Report on plague and inoculation in the Punjab from October 1st ... to September 30th..., being the ... season of plague in the province
Disease focus: Plague
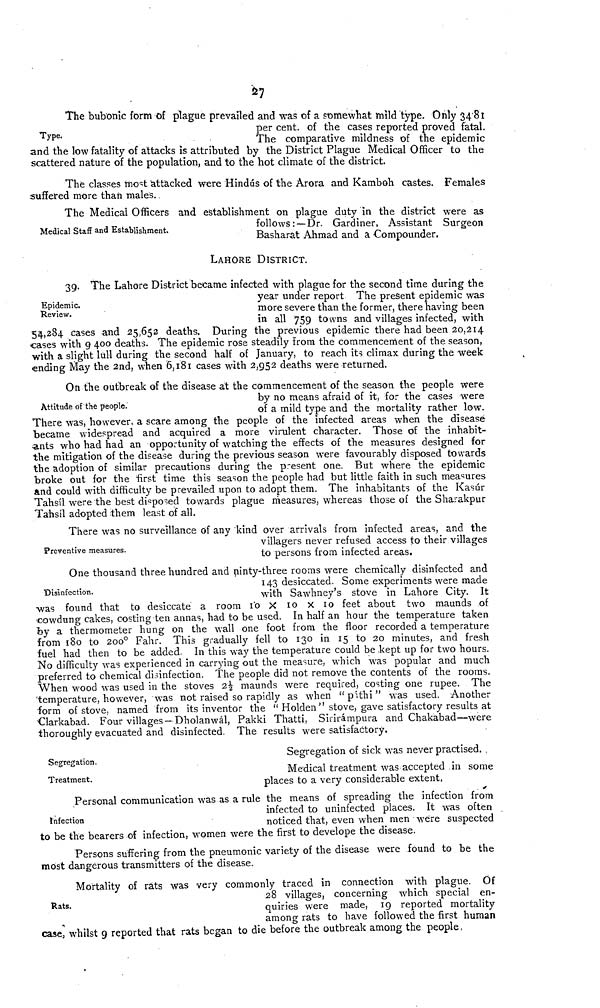
27
Type.
The bubonic form of plague prevailed and was of a somewhat mild type. Only 3481
per cent, of the cases reported proved fatal.
The comparative mildness of the epidemic
and the low fatality of attacks is attributed by the District Plague Medical Officer to the
scattered nature of the population, and to the hot climate of the district.
The classes most attacked were Hindus of the Arora and Kamboh castes. Females
suffered more than males..
Medical Staff and Establishment.
The Medical Officers and establishment on plague duty 'in the district were as
follows: —Dr. Gardiner, Assistant Surgeon
Basharat Ahmad and a Compounder.
LAHORE DISTRICT.
Epidemic.
Review.
39. The Lahore District became infected with plague for the second time during the
year under report The present epidemic was
more severe than the former, there having been
in all 759 towns and villages infected, with
54,284 cases and 25,652 deaths. During the previous epidemic there had been 20,214
cases with 9 400 deaths. The epidemic rose steadily from the commencement of the season,
with a slight lull during the second half of January, to reach its climax during the week
ending May the 2nd, when 6,181 cases with 2,952 deaths were returned.
Attitude of the people.
On the outbreak of the disease at the commencement of the season the people were
by no means afraid of it, for the cases were
of a mild type and the mortality rather low.
There was, however, a scare among the people of the infected areas when the disease
became widespread and acquired a more virulent character. Those of the inhabit-
ants who had had an opportunity of watching the effects of the measures designed for
the mitigation of the disease during the previous season were favourably disposed towards
the adoption of similar precautions during the present one. But where the epidemic
broke out for the "first time this season the people had but little faith in such measures
and could with difficulty be prevailed upon to adopt them. The inhabitants of the Kasúr
Tahsil were the best disposed towards plague measures, whereas those of the Sharakpur
Tahsil adopted them least of all.
Preventive measures.
There was no surveillance of any kind over arrivals from infected areas, and the
villagers never refused access to their villages
to persons from infected areas.
Disinfection.
One thousand three hundred and ninty-three rooms were chemically disinfected and
143 desiccated. Some experiments were made
with Sawhney's stove in Lahore City. It
was found that to desiccate a room 10 X 10 x 10 feet about two maunds of
cowdung cakes, costing ten annas, had to be used. In half an hour the temperature taken
by a thermometer hung on the wall one foot from the floor recorded a temperature
from 180 to 200 o Fahr. This gradually fell to 130 in 15 to 20 minutes, and fresh
fuel had then to be added. In this way the temperature could be kept up for two hours.
No difficulty was experienced in carrying out the measure, which was popular and much
preferred to chemical disinfection. The people did not remove the contents of the rooms.
When wood was used in the stoves 21/2 maunds were required, costing one rupee. The
temperature, however, was not raised so rapidly as when "pathi" was used. Another
form of stove, named from its inventor the " Holden " stove, gave satisfactory results at
Clarkabad. Four villages— Dholanwál, Pakki Thatti, Siririmpura and Chakabad—were
thoroughly evacuated and disinfected. The results were satisfactory.
Segregation.
Segregation of sick was never practised.
Treatment.
Medical treatment was accepted in some
places to a very considerable extent,
Infection
Personal communication was as a rule the means of spreading the infection from
infected to uninfected places. It was often
noticed that, even when men were suspected
to be the bearers of infection, women were the first to develope the disease.
Persons suffering from the pneumonic variety of the disease were found to be the
most dangerous transmitters of the disease.
Rats.
Mortality of rats was very commonly traced in connection with plague. Of
28 villages, concerning which special en-
quiries were made, 19 reported mortality
among rats to have followed the first human
case, whilst 9 reported that rats began to die before the outbreak among the people,